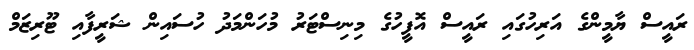
ރައީސް ޔާމީންގެ އަރިހުގައި ރައީސް އޮފީހުގެ މިނިސްޓަރު މުހަންމަދު ހުސައިން ޝަރީފާއި ޓޫރިޒަމް